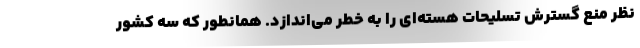
نظر منع گسترش تسلیحات هسته‌ای را به خطر می‌اندازد. همانطور که سه کشور